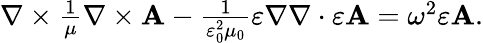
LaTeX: \begin{array}{r}{\nabla\times\frac{1}{\mu}\nabla\times\mathbf{A}-\frac{1}{\varepsilon_{0}^{2}\mu_{0}}\varepsilon\nabla\nabla\cdot\varepsilon\mathbf{A}=\omega^{2}\varepsilon\mathbf{A}.}\end{array}